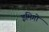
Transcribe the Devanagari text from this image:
इमिगो